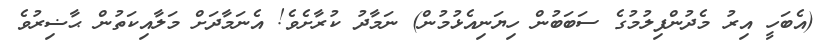
(އެބަހީ އިރު މެދުންފިލުމުގެ ސަބަބުން ހިޔަނިއެޅުމުން) ނަމާދު ކުރާށެވެ! އެނަމާދަށް މަލާއިކަތުން ޙާޟިރުވެ